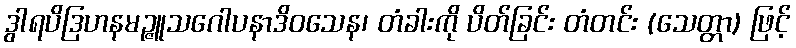
ဒွါရပိဒြဟနမဉ္ဇူသဂေါပနာဒိဝသေန၊ တံခါးကို ပိတ်ခြင်း တံတင်း (သေတ္တာ) ဖြင့်